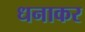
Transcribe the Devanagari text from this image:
धनाकर